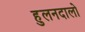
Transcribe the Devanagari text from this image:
हुलनदालो